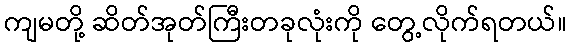
ကျမတို့ ဆိတ်အုတ်ကြီးတခုလုံးကို တွေ့လိုက်ရတယ်။